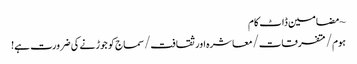
~ مضامین ڈاٹ کام
ہوم/متفرقات/معاشرہ اور ثقافت/سماج کو جوڑنے کی ضرورت ہے!